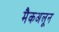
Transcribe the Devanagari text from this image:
मैकअलून